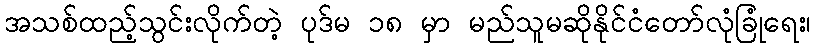
အသစ်ထည့်သွင်းလိုက်တဲ့ ပုဒ်မ ၁၈ မှာ မည်သူမဆိုနိုင်ငံတော်လုံခြုံရေး၊